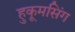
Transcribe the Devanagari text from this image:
हुकूमसिंग